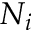
N _ { i }